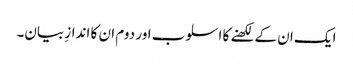
ایک ان کے لکھنے کا اسلوب اور دوم ان کا اندازِ بیان۔